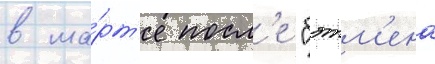
в ма́рт'е посл'е "бэтм'ена